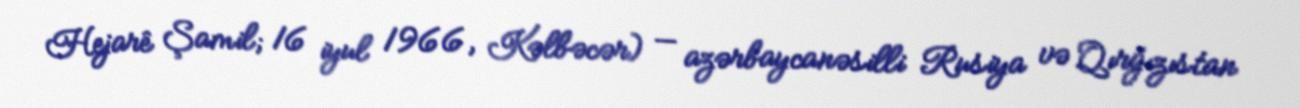
Hejarê Şamil; 16 iyul 1966, Kəlbəcər) — azərbaycanəsilli Rusiya və Qırğızıstan